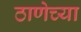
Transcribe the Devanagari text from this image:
ठाणेच्‍या